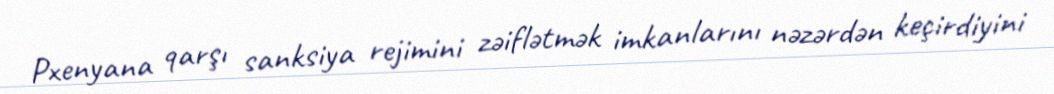
Pxenyana qarşı sanksiya rejimini zəiflətmək imkanlarını nəzərdən keçirdiyini